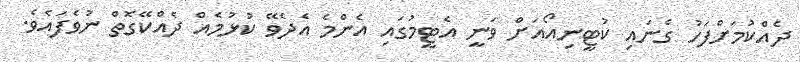
ދެއްކުމަށްފަހު ގެނައި ކުޓީނިއޯއަށް ވަނީ އެޓީމުގައި އެންމެ އެދެވޭ ކުޅުމެއް ދެއްކޭގޮތް ނުވެފައެވެ.